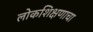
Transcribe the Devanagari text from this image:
लोकशिक्षणाचा